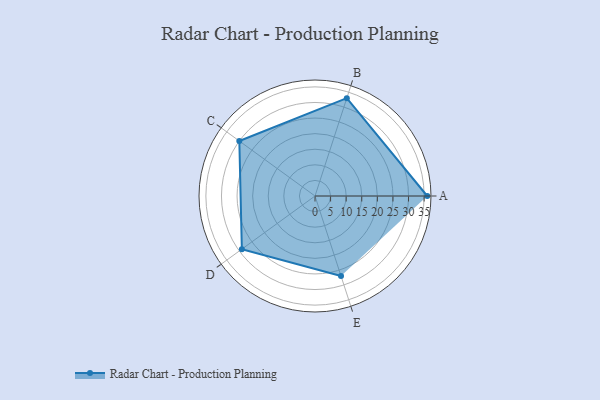
{"axis": {"x": "Skill", "y": "Score"}, "legend": ["Profile"], "data": [{"x": "A", "y": 36.0, "type": "Profile"}, {"x": "B", "y": 33.0, "type": "Profile"}, {"x": "C", "y": 30.0, "type": "Profile"}, {"x": "D", "y": 29.0, "type": "Profile"}, {"x": "E", "y": 27.0, "type": "Profile"}]}